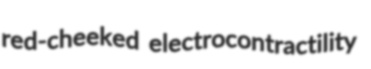
red-cheeked electrocontractility